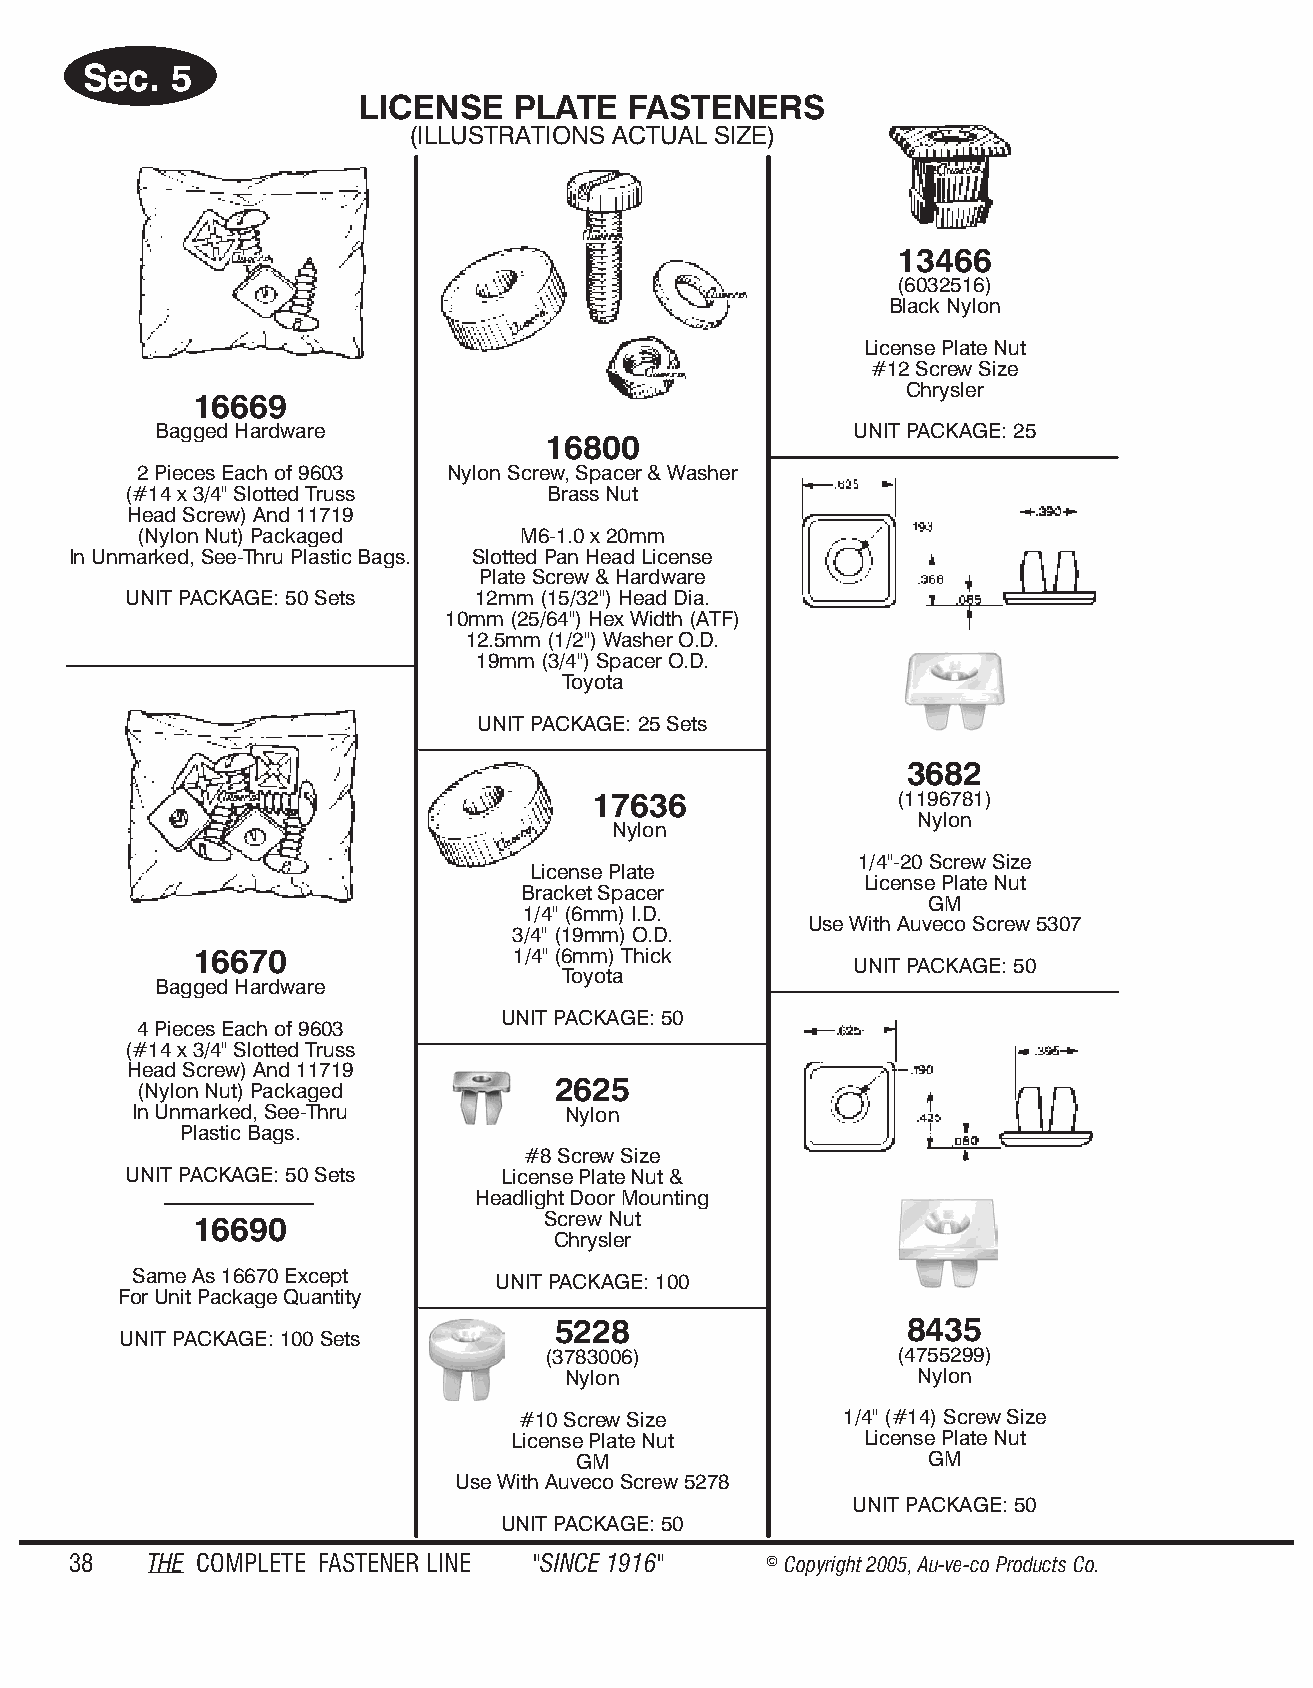
Sec.  5
 LI CENSE  PLATE   FAS TEN ERS
 (IL LUS TRA TIONS AC TUAL SIZE)
 13466
 (6032516)
 Black Nylon
 License Plate Nut
 #12 Screw Size
 Chrysler
 16669
 Bagged Hardware                               UNIT PACKAGE: 25
 16800
 2 Pieces Each of 9603 Nylon Screw, Spacer & Washer
 (#14 x 3/4" Slotted Truss  Brass Nut
 Head Screw) And 11719
 (Nylon Nut) Packaged      M6-1.0 x 20mm
 In Unmarked, See-Thru Plastic Bags. Slotted Pan Head License
 Plate Screw & Hardware
 UNIT PACKAGE: 50 Sets  12mm (15/32") Head Dia.
 10mm (25/64") Hex Width (ATF)
 12.5mm (1/2") Washer O.D.
 19mm (3/4") Spacer O.D.
 Toyota
 UNIT PACKAGE: 25 Sets
 3682
 17636                (1196781)
 Nylon
 Ny lon
 1/4"-20 Screw Size
 License Plate
 License Plate Nut
 Bracket Spacer
 GM
 1/4" (6mm) I.D.
 Use With Auveco Screw 5307
 3/4" (19mm) O.D.
 16670                1/4" (6mm) Thick
 UNIT PACKAGE: 50
 Toyota
 Bagged Hardware
 UNIT PACKAGE: 50
 4 Pieces Each of 9603
 (#14 x 3/4" Slotted Truss
 Head Screw) And 11719
 2625
 (Nylon Nut) Packaged
 In Unmarked, See-Thru        Nylon
 Plastic Bags.
 #8 Screw Size
 UNIT PACKAGE: 50 Sets   License Plate Nut &
 Headlight Door Mounting
 16690                  Screw Nut
 Chrysler
 Same As 16670 Except    UNIT PACKAGE: 100
 For Unit Package Quantity
 5228                   8435
 UNIT PACKAGE: 100 Sets
 (3783006)               (4755299)
 Nylon                  Nylon
 #10 Screw Size       1/4" (#14) Screw Size
 License Plate Nut      License Plate Nut
 GM                      GM
 Use With Auveco Screw 5278
 UNIT PACKAGE: 50
 UNIT PACKAGE: 50
 38   THE COM PLETE FAST ENER LINE "SINCE 1916" © Copyr ight 2005, Au-ve-co Produ cts Co.